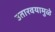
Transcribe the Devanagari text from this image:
उतारवयामुळे